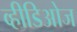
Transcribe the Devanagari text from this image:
व्हीडिओज